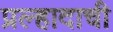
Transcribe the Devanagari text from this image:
प्रल्हादाची